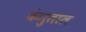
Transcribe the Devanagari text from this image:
कंगुताल